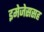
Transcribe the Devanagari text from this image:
इमेजेससह